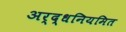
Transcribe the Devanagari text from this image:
अर्द्धनियमित